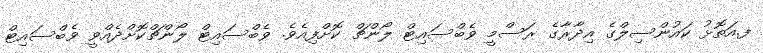
ފ.އަތޮޅު ކައުންސިލްގެ އިދާރާގެ ރަސްމީ ވެބްސައިޓް ލޯންޗް ކޮށްފިއެވެ. ވެބްސައިޓް ލޯންޗްކޮށްދެއްވީ ވެބްސައިޓް